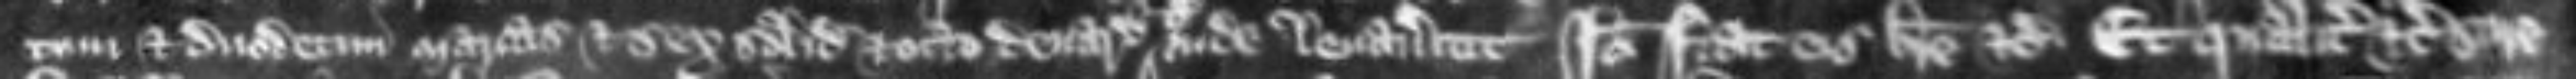
tum et duodecim marcas et sex solidos et octo denarios etc inde levaverunt Ideo fiat eis breve etc Et qualiter etc scire